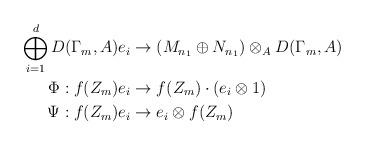
LaTeX: \begin{align*}\bigoplus_{i=1}^d D(\Gamma_m,A)e_i &\to (M_{n_1}\oplus N_{n_1})\otimes_A D(\Gamma_m,A) \\\Phi : f(Z_m)e_i &\to f(Z_m)\cdot(e_i\otimes 1) \\\Psi: f(Z_m)e_i &\to e_i \otimes f(Z_m)\end{align*}